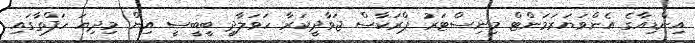
އިންޑިއާގެ އެންވަޔަރަމަންޓް މިނިސްޓަރު ޕްރަކާސް ޖަވާދީކަރާ ހަވަލާދީ ބީބީސީ އިން މިދިޔަ ހަފްތާގައި